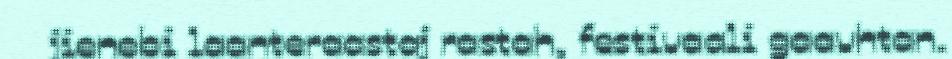
jienebi laanteraastaj rastah, festivaali gaavhtan.